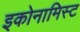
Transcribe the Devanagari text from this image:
इकोनामिस्ट